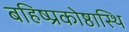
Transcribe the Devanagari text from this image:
बहिष्प्रकोष्ठास्थि